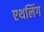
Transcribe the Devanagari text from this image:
एथलिंग